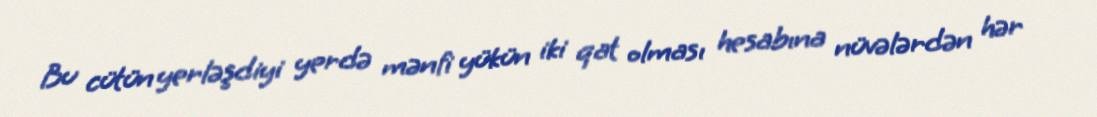
Bu cütün yerləşdiyi yerdə mənfi yükün iki qat olması hesabına nüvələrdən hər